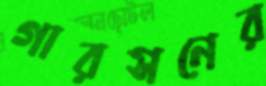
গারসনের